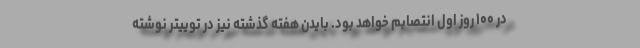
در ۱۰۰ روز اول انتصابم خواهد بود. بایدن هفته گذشته نیز در توییتر نوشته